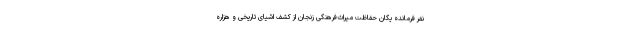
نفر فرمانده یگان حفاظت میراث‌فرهنگی زنجان از کشف اشیای تاریخی و هزاره